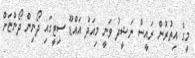
މީގެ އިތުރުން ރައީސް ނަޝީދު ވަނީ މިއަދު އައްޑޫ ސިޓީގައި ދޯނިން ދޯންޏަށް